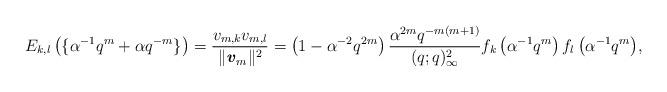
LaTeX: \begin{align*} E_{k,l}\left(\{\alpha^{-1}q^{m}+\alpha q^{-m}\}\right)=\frac{v_{m,k}v_{m,l}}{\|\textbf{\textit{v}}_{m}\|^{2}} =\left(1-\alpha^{-2}q^{2m}\right)\frac{\alpha^{2m}q^{-m(m+1)}}{(q;q)_{\infty}^{2}}f_{k}\left(\alpha^{-1}q^{m}\right)f_{l}\left(\alpha^{-1}q^{m}\right)\!,\end{align*}